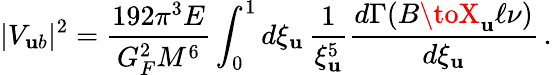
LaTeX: |V_{\mathbf{u}b}|^{2}=\frac{{192\pi^{3}E}}{{G_{F}^{2}M^{6}}}\int_{0}^{1}d\xi_{\mathbf{u}}\, \frac{{1}}{{\xi_{\mathbf{u}}^{5}}}\frac{{d\Gamma(B\toX_{\mathbf{u}}\ell\nu)}}{{d\xi_{\mathbf{u}}}}\, .